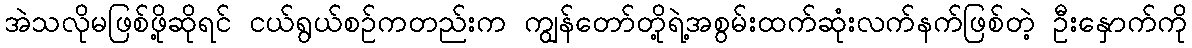
အဲသလိုမဖြစ်ဖို့ဆိုရင် ငယ်ရွယ်စဉ်ကတည်းက ကျွန်တော်တို့ရဲ့အစွမ်းထက်ဆုံးလက်နက်ဖြစ်တဲ့ ဦးနှောက်ကို